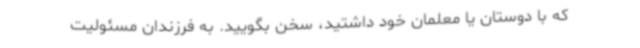
که با دوستان یا معلمان خود داشتید، سخن بگویید. به فرزندان مسئولیت